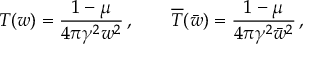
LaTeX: T ( w ) = \frac { 1 - \mu } { 4 \pi \gamma ^ { 2 } w ^ { 2 } } \, , \qquad \overline { { { T } } } ( \bar { w } ) = \frac { 1 - \mu } { 4 \pi \gamma ^ { 2 } \bar { w } ^ { 2 } } \, ,